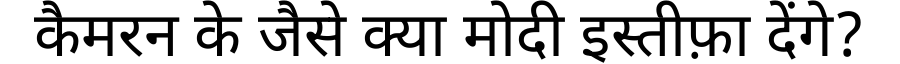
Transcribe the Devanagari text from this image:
कैमरन के जैसे क्या मोदी इस्तीफ़ा देंगे?